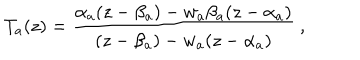
T _ { a } ( z ) = \frac { \alpha _ { a } ( z - \beta _ { a } ) - w _ { a } \beta _ { a } ( z - \alpha _ { a } ) } { ( z - \beta _ { a } ) - w _ { a } ( z - \alpha _ { a } ) } \ ,